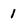
Character: 1